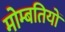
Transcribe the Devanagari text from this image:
मोम्बतियों